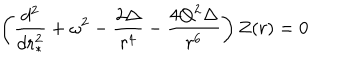
\left( { \frac { d ^ { 2 } } { d r _ { * } ^ { 2 } } } + \omega ^ { 2 } - { \frac { 2 \Delta } { r ^ { 4 } } } - { \frac { 4 Q ^ { 2 } \Delta } { r ^ { 6 } } } \right) Z ( r ) = 0